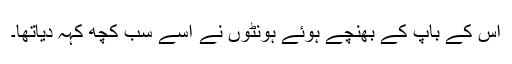
اس کے باپ کے بھنچے ہوئے ہونٹوں نے اسے سب کچھ کہہ دیاتھا۔